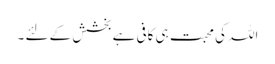
اللہ کی محبت ہی کافی ہے بخشش کے لئے ۔